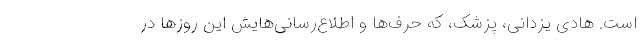
است. هادی یزدانی، پزشک، که حرف‌ها و اطلاع‌رسانی‌هایش این روزها در